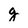
Character: g